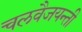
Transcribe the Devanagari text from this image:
चलवैजयन्ती